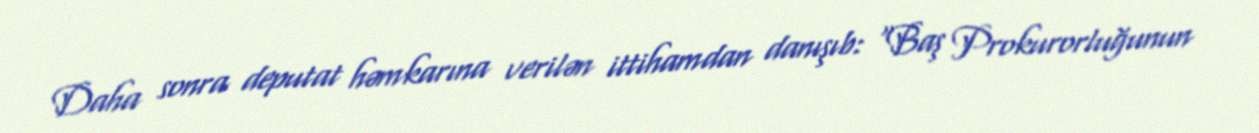
Daha sonra deputat həmkarına verilən ittihamdan danışıb: "Baş Prokurorluğunun